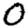
Digit: 0